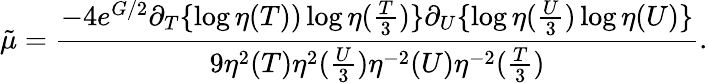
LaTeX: {\tilde{\mu}}=\frac{-4e^{G/2}\partial_{T}\{ \log\eta(T))\log\eta(\frac{T}{3})\} \partial_{U}\{ \log\eta(\frac{U}{3})\log\eta(U)\} }{9\eta^{2}(T)\eta^{2}(\frac{U}{3})\eta^{-2}(U)\eta^{-2}(\frac{T}{3})}.